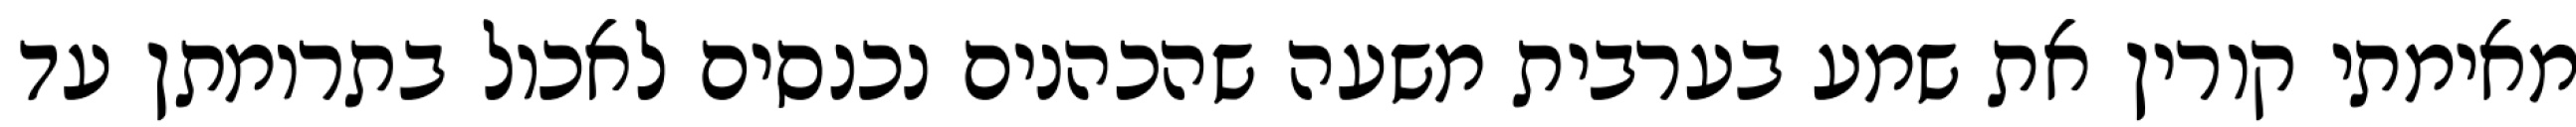
מאימתי קורין את שמע בערבית משעה שהכהנים נכנסים לאכול בתרומתן עד